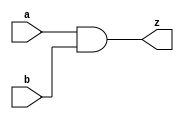
// This program was cloned from: https://github.com/aolofsson/oh
// License: MIT License

//#############################################################################
//# Function: 2-Input And Gate                                                #
//# Copyright: OH Project Authors. All rights Reserved.                       #
//# License:  MIT (see LICENSE file in OH repository)                         #
//#############################################################################

module asic_and2 #(parameter PROP = "DEFAULT")  (
   input  a,
   input  b,
   output z
   );

   assign z = a & b;

endmodule